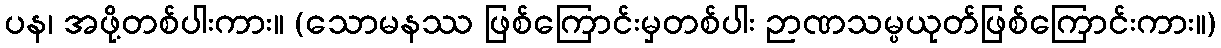
ပန၊ အဖို့တစ်ပါးကား။ (သောမနဿ ဖြစ်ကြောင်းမှတစ်ပါး ဉာဏသမ္ပယုတ်ဖြစ်ကြောင်းကား။)